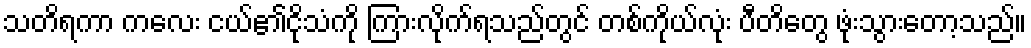
သတိရကာ ကလေး ငယ်၏ငိုသံကို ကြားလိုက်ရသည်တွင် တစ်ကိုယ်လုံး ပီတိတွေ ဖုံးသွားတော့သည်။